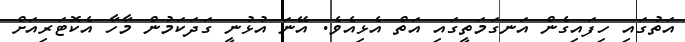
އަތުގައި ހިފައިގެން އަނގަމަތީގައި އަތް އެޅިއެވެ. އޭނަ އުޅުނީ ގަދަކަމުން މާހާ އެކޮޓަރިއަށް